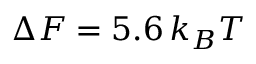
\Delta { \cal F } = 5 . 6 \, k _ { B } T